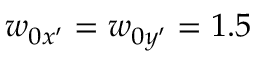
w _ { 0 x ^ { \prime } } = w _ { 0 y ^ { \prime } } = 1 . 5